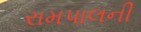
રામપાલની